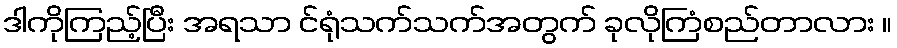
ဒါကိုကြည့်ပြီး အရသာ င်ရုံသက်သက်အတွက် ခုလိုကြံစည်တာလား ။